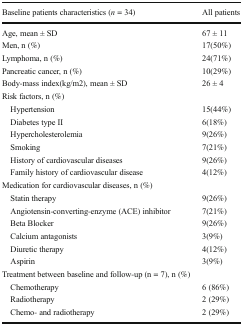
<table><thead><tr><td><b>Baseline patients characteristics (<i>n</i> = 34)</b></td><td><b>All patients</b></td></tr></thead><tbody><tr><td>Age, mean ± SD</td><td>67 ± 11</td></tr><tr><td>Men, n (%)</td><td>17(50%)</td></tr><tr><td>Lymphoma, n (%)</td><td>24(71%)</td></tr><tr><td>Pancreatic cancer, n (%)</td><td>10(29%)</td></tr><tr><td>Body-mass index(kg/m2), mean ± SD</td><td>26 ± 4</td></tr><tr><td colspan="2">Risk factors, n (%)</td></tr><tr><td> Hypertension</td><td>15(44%)</td></tr><tr><td> Diabetes type II</td><td>6(18%)</td></tr><tr><td> Hypercholesterolemia</td><td>9(26%)</td></tr><tr><td> Smoking</td><td>7(21%)</td></tr><tr><td> History of cardiovascular diseases</td><td>9(26%)</td></tr><tr><td> Family history of cardiovascular disease</td><td>4(12%)</td></tr><tr><td colspan="2">Medication for cardiovascular diseases, n (%)</td></tr><tr><td> Statin therapy</td><td>9(26%)</td></tr><tr><td> Angiotensin-converting-enzyme (ACE) inhibitor</td><td>7(21%)</td></tr><tr><td> Beta Blocker</td><td>9(26%)</td></tr><tr><td> Calcium antagonists</td><td>3(9%)</td></tr><tr><td> Diuretic therapy</td><td>4(12%)</td></tr><tr><td> Aspirin</td><td>3(9%)</td></tr><tr><td colspan="2">Treatment between baseline and follow-up (n = 7), n (%)</td></tr><tr><td> Chemotherapy</td><td>6 (86%)</td></tr><tr><td> Radiotherapy</td><td>2 (29%)</td></tr><tr><td> Chemo- and radiotherapy</td><td>2 (29%)</td></tr></tbody></table>